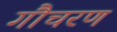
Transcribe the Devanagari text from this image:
गौचरण